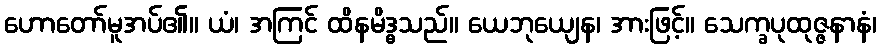
ဟောတော်မူအပ်၏။ ယံ၊ အကြင် ထိနမိဒ္ဓသည်။ ယေဘုယျေန၊ အားဖြင့်။ သေက္ခပုထုဇ္ဇနာနံ၊